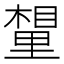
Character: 𮷮